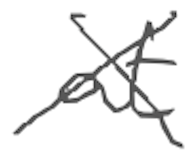
Text: at
Cross-out: cross
Writing tool: digital_gray